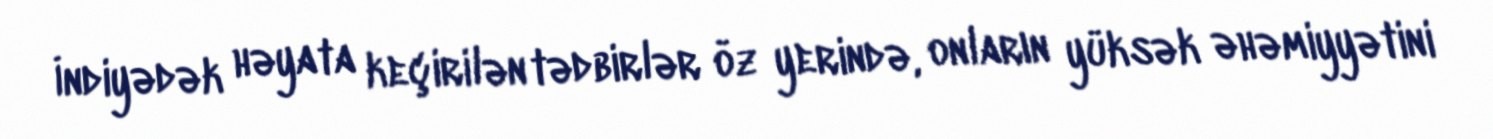
İndiyədək həyata keçirilən tədbirlər öz yerində, onların yüksək əhəmiyyətini